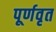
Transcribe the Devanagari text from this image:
पूर्णवृत